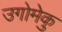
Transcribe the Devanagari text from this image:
उगोमेकु